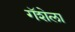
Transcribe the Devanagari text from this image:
गॅशेला